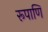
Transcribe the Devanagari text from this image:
रूपाणि